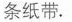
条纸带.